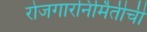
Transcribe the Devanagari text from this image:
रोजगारनिर्मितीची